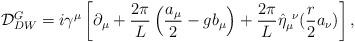
LaTeX: \begin{align*}{\cal D}^G_{DW}=i \gamma^\mu\left [\partial_\mu+\frac{2\pi}{L}\left(\frac{a_\mu}{2}- g b_\mu \right )+\frac{2\pi}{L}\hat \eta_{\mu}^{~\nu}(\frac{r}{2}a_\nu)\right ],\end{align*}